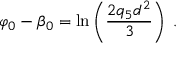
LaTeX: \varphi _ { 0 } - \beta _ { 0 } = \ln \left( \frac { 2 q _ { 5 } d ^ { 2 } } { 3 } \right) \; .